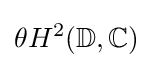
\theta H^{2}(\mathbb {D} ,\mathbb {C} )